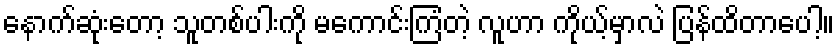
နောက်ဆုံးတော့ သူတစ်ပါးကို မကောင်းကြံတဲ့ လူဟာ ကိုယ့်မှာလဲ ပြန်ထိတာပေါ့။